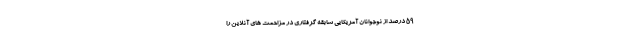
59 درصد از نوجوانان آمریکایی سابقه گرفتاری در مزاحمت های آنلاین را